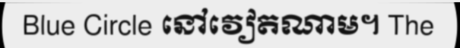
Blue Circle នៅវៀតណាម។ The